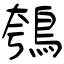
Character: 鴮